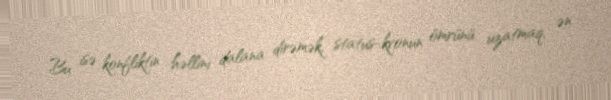
Bu isə konfliktin həllini dalana dirəmək, status-kvonun ömrünü uzatmaq, ən